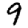
Digit: 9